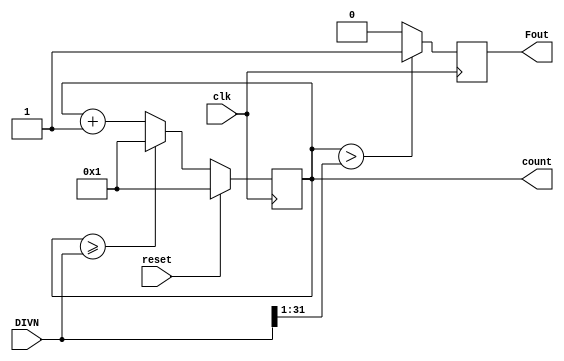
module Fdiv_Sound(reset,clk,Fout,count,DIVN);
input clk,reset;
input [31:0]DIVN;
output Fout;
output [31:0]count;
wire [31:0]_DIVN;
reg [31:0]count;
reg Fout;
wire _Fout;
assign _DIVN={1'b0,DIVN[31:1]};
always @(posedge clk)
begin
if (reset ==1'b1)	count<=32'd1;
else if (count >= DIVN)	count=32'd1;
else count<=count+1;
end
assign _Fout=(count>_DIVN)?1'b1:1'b0;
always @(negedge clk)
	Fout<=_Fout;
endmodule